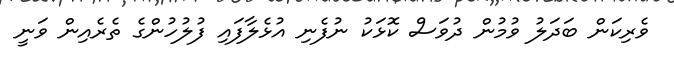
ވެރިކަން ބަދަލު ވުމުން ދުވަސް ކޮޅަކު ނުފެނި އުޅެލާފައި ފުލުހުންގެ ތެރެއިން ވަނީ